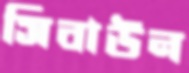
সিবাউন